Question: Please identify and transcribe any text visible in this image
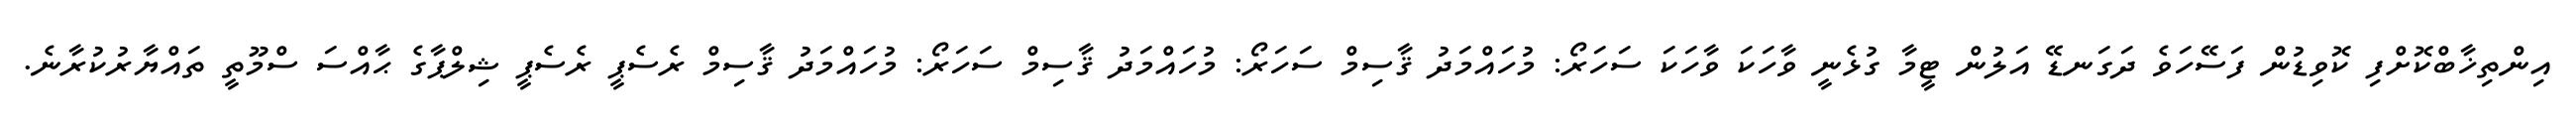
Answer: އިންތިޚާބްކޮށްފި ކޮވިޑުން ފަސޭހަވެ ދަގަނޑޭ އަލުން ޓީމާ ގުޅެނީ ވާހަކަ ވާހަކަ ސަހަރޯ: މުހައްމަދު ޤާސިމް ސަހަރޯ: މުހައްމަދު ޤާސިމް ސަހަރޯ: މުހައްމަދު ޤާސިމް ރެސެޕީ ރެސެޕީ ޝިލްޕާގެ ޙާއްސަ ސްމޫތީ ތައްޔާރުކުރާނެ.